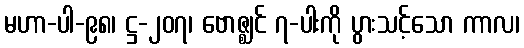
မဟာ-ပါ-၉၈၊ ဋ္ဌ-၂၀၇၊ ဗောဇ္ဈင် ၇-ပါးကို ပွားသင့်သော ကာလ၊